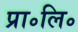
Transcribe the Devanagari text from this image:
प्रा॰लि॰